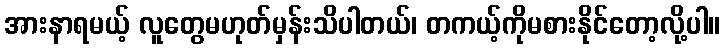
အားနာရမယ့် လူတွေမဟုတ်မှန်းသိပါတယ်၊ တကယ့်ကိုမစားနိုင်တော့လို့ပါ။